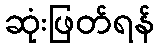
ဆုံးဖြတ်ရန်